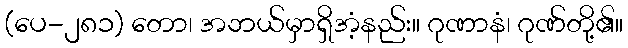
(ပေ-၂၈၁) တော၊ အဘယ်မှာရှိအံ့နည်း။ ဂုဏာနံ၊ ဂုဏ်တို့၏။